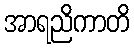
အာရညိကာတိ